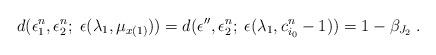
LaTeX: \begin{align*}d( \epsilon^n_1 , \epsilon^n_2;\; \epsilon(\lambda_1, \mu_{x(1)})) = d( \epsilon'' , \epsilon^n_2;\; \epsilon(\lambda_1, c^{n}_{i_0}-1)) = 1-\beta_{J_2}\;.\end{align*}